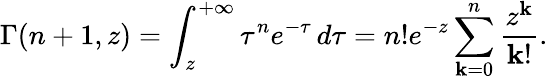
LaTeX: \Gamma(n+1,z)=\int_{z}^{+\infty}\tau^{n}e^{-\tau}\, d\tau=n!e^{-z}\sum_{\mathbf{k}=0}^{n}\frac{{z^{\mathbf{k}}}}{{\mathbf{k}!}}.